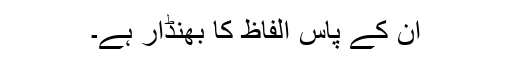
ان کے پاس الفاظ کا بھنڈار ہے۔